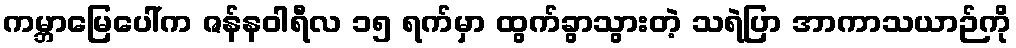
ကမ္ဘာမြေပေါ်က ဇန်နဝါရီလ ၁၅ ရက်မှာ ထွက်ခွာသွားတဲ့ သရဲပြာ အာကာသယာဉ်ကို